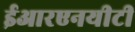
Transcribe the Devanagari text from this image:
ईआरएनयीटी